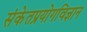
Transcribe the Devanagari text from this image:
संकेतप्रयोगविज्ञान